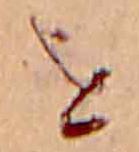
を